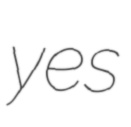
yes